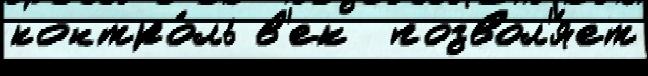
контро́ль в'ек  позвол'я́ет